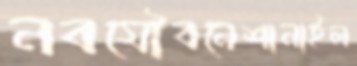
নবযৌবনেশানাইল